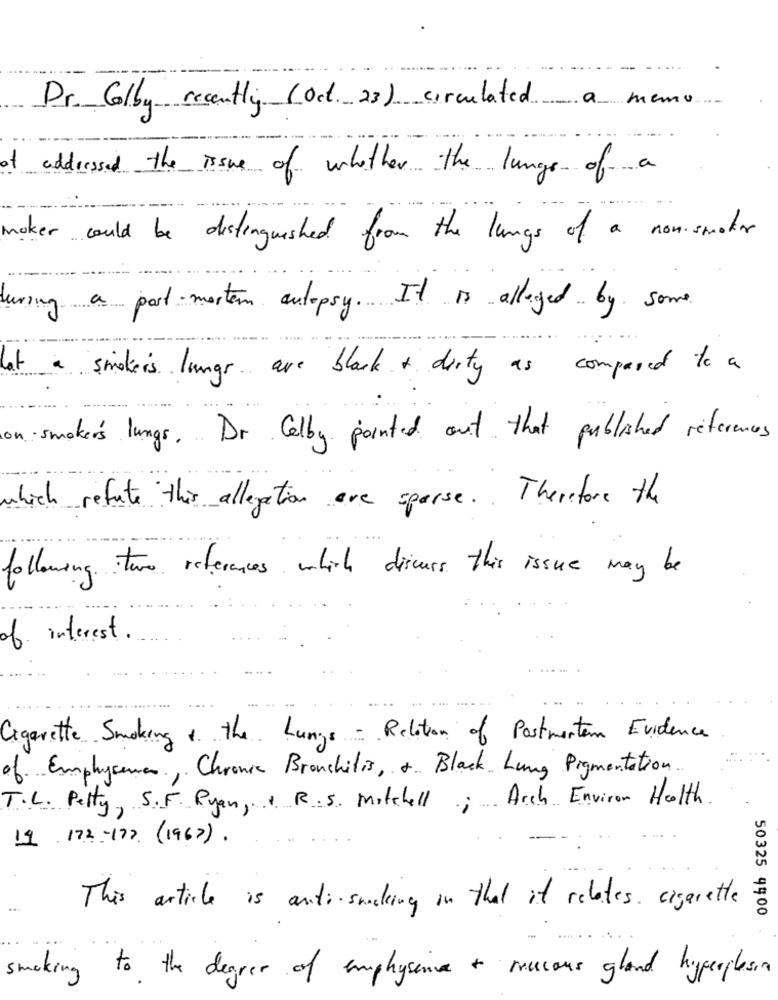
a memo
Dr. Colby recently (Oct 23) circulated
addressed the issue of whether the lungs of a
noker could be distinguished from the lungs of a non-smeter
luring a part-mortem autopsy. It is alleged by some
lat a smokers lungs are black + dirty as compared to a
on smokers lungs. Dr Celby pointed out that published references
which refute this allegation are sparse .. Therefore the
following two references which discuss this issue may be
of interest .
Cigarette Smoking & the Lungs - Relation of Postmenten Evidence
of Emphysema, Chronic Bronchitis, + Black Lung Pigmentation.
T.L. Petty, S.F. Ryan, . R. S. Mitchell; Arch Environ Health.
19 172-177 (1967).
This article is anti- sucking on that it relates. cigarette
50325 4900
smoking to the degree of emphysence + raucous gland hyperplasia